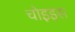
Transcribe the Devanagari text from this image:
चोइइस